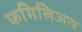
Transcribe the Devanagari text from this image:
फमिलिअस